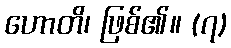
ဟောတိ၊ ဖြစ်၏။ (၇)